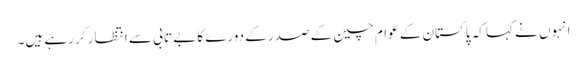
انہوں نے کہا کہ پاکستان کے عوام چین کے صدر کے دورے کا بے تابی سے انتظار کر رہے ہیں۔